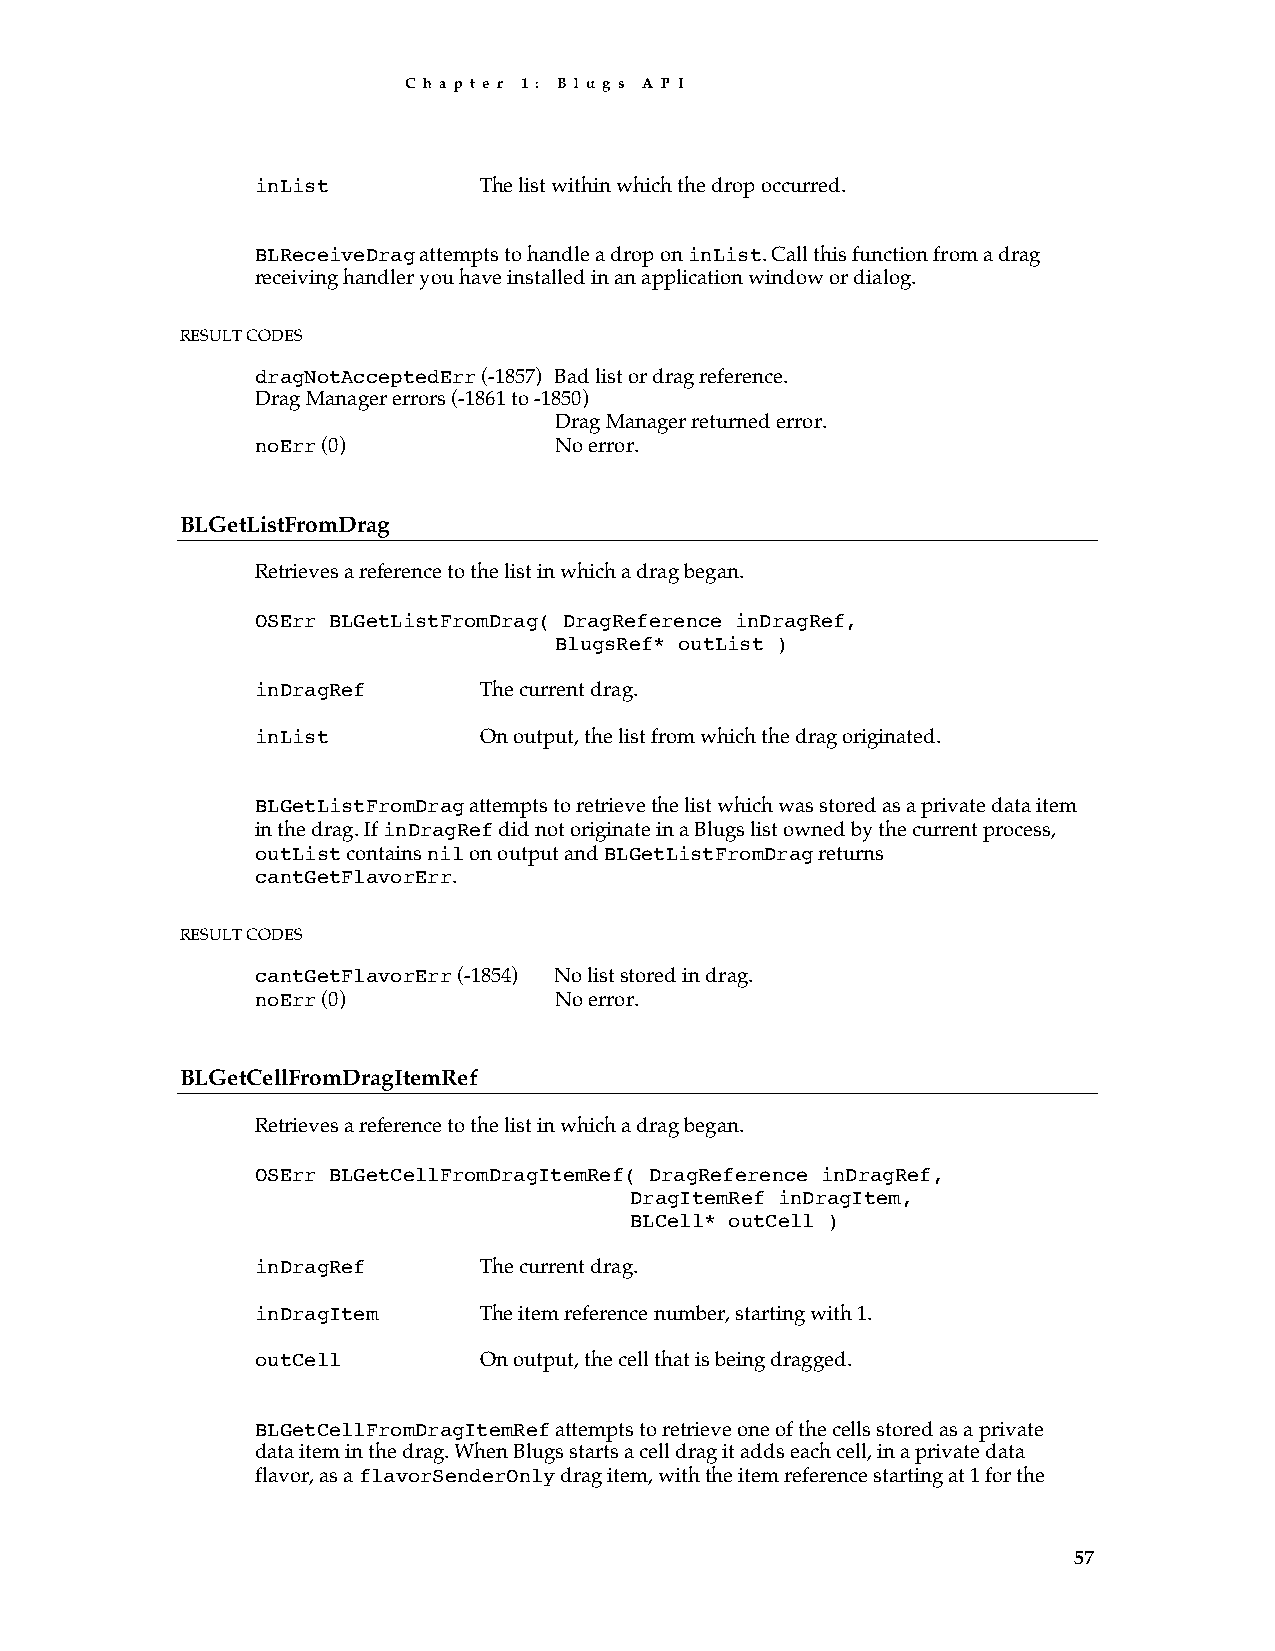
C h a p t e r 1 : B l u g s A P I
 inList         The list within which the drop occurred.
 BLReceiveDrag attempts to handle a drop on inList. Call this function from a drag
 receiving handler you have installed in an application window or dialog.
 RESULT CODES
 dragNotAcceptedErr (-1857) Bad list or drag reference.
 Drag Manager errors (-1861 to -1850)
 Drag Manager returned error.
 noErr (0)           No error.
 BLGetListFromDrag
 Retrieves a reference to the list in which a drag began.
 OSErr BLGetListFromDrag( DragReference inDragRef,
 BlugsRef* outList )
 inDragRef      The current drag.
 inList         On output, the list from which the drag originated.
 BLGetListFromDrag attempts to retrieve the list which was stored as a private data item
 in the drag. If inDragRef did not originate in a Blugs list owned by the current process,
 outList contains nil on output and BLGetListFromDrag returns
 cantGetFlavorErr.
 RESULT CODES
 cantGetFlavorErr (-1854) No list stored in drag.
 noErr (0)           No error.
 BLGetCellFromDragItemRef
 Retrieves a reference to the list in which a drag began.
 OSErr BLGetCellFromDragItemRef( DragReference inDragRef,
 DragItemRef inDragItem,
 BLCell* outCell )
 inDragRef      The current drag.
 inDragItem     The item reference number, starting with 1.
 outCell        On output, the cell that is being dragged.
 BLGetCellFromDragItemRef attempts to retrieve one of the cells stored as a private
 data item in the drag. When Blugs starts a cell drag it adds each cell, in a private data
 flavor, as a flavorSenderOnly drag item, with the item reference starting at 1 for the
 57